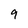
Character: 9